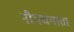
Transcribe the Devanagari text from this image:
नीमचमाता